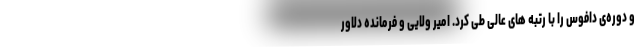
و دوره‌ی دافوس را با رتبه های عالی طی کرد. امیر ولایی و فرمانده دلاور